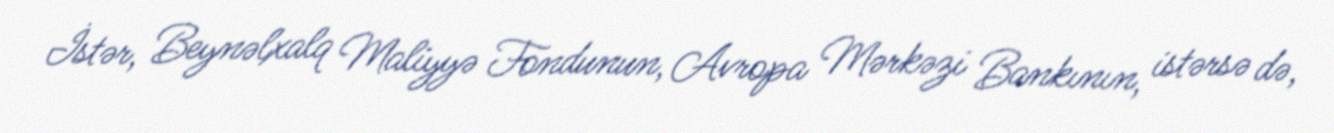
İstər, Beynəlxalq Maliyyə Fondunun, Avropa Mərkəzi Bankının, istərsə də,